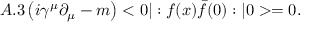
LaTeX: A . 3 \left( i \gamma ^ { \mu } \partial _ { \mu } - m \right) < 0 | : f ( x ) \bar { f } ( 0 ) : | 0 > = 0 .